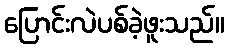
ပြောင်းလဲပစ်ခဲ့ဖူးသည်။